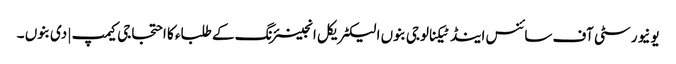
یونیورسٹی آف سائنس اینڈ ٹیکنالوجی بنوں الیکٹریکل انجینئرنگ کے طلباء کا احتجاجی کیمپ | دی بنوں ۔